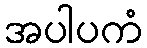
အပါပကံ